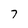
Character: 7